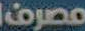
مصرف